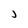
Character: j